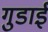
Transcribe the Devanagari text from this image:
गुडाई